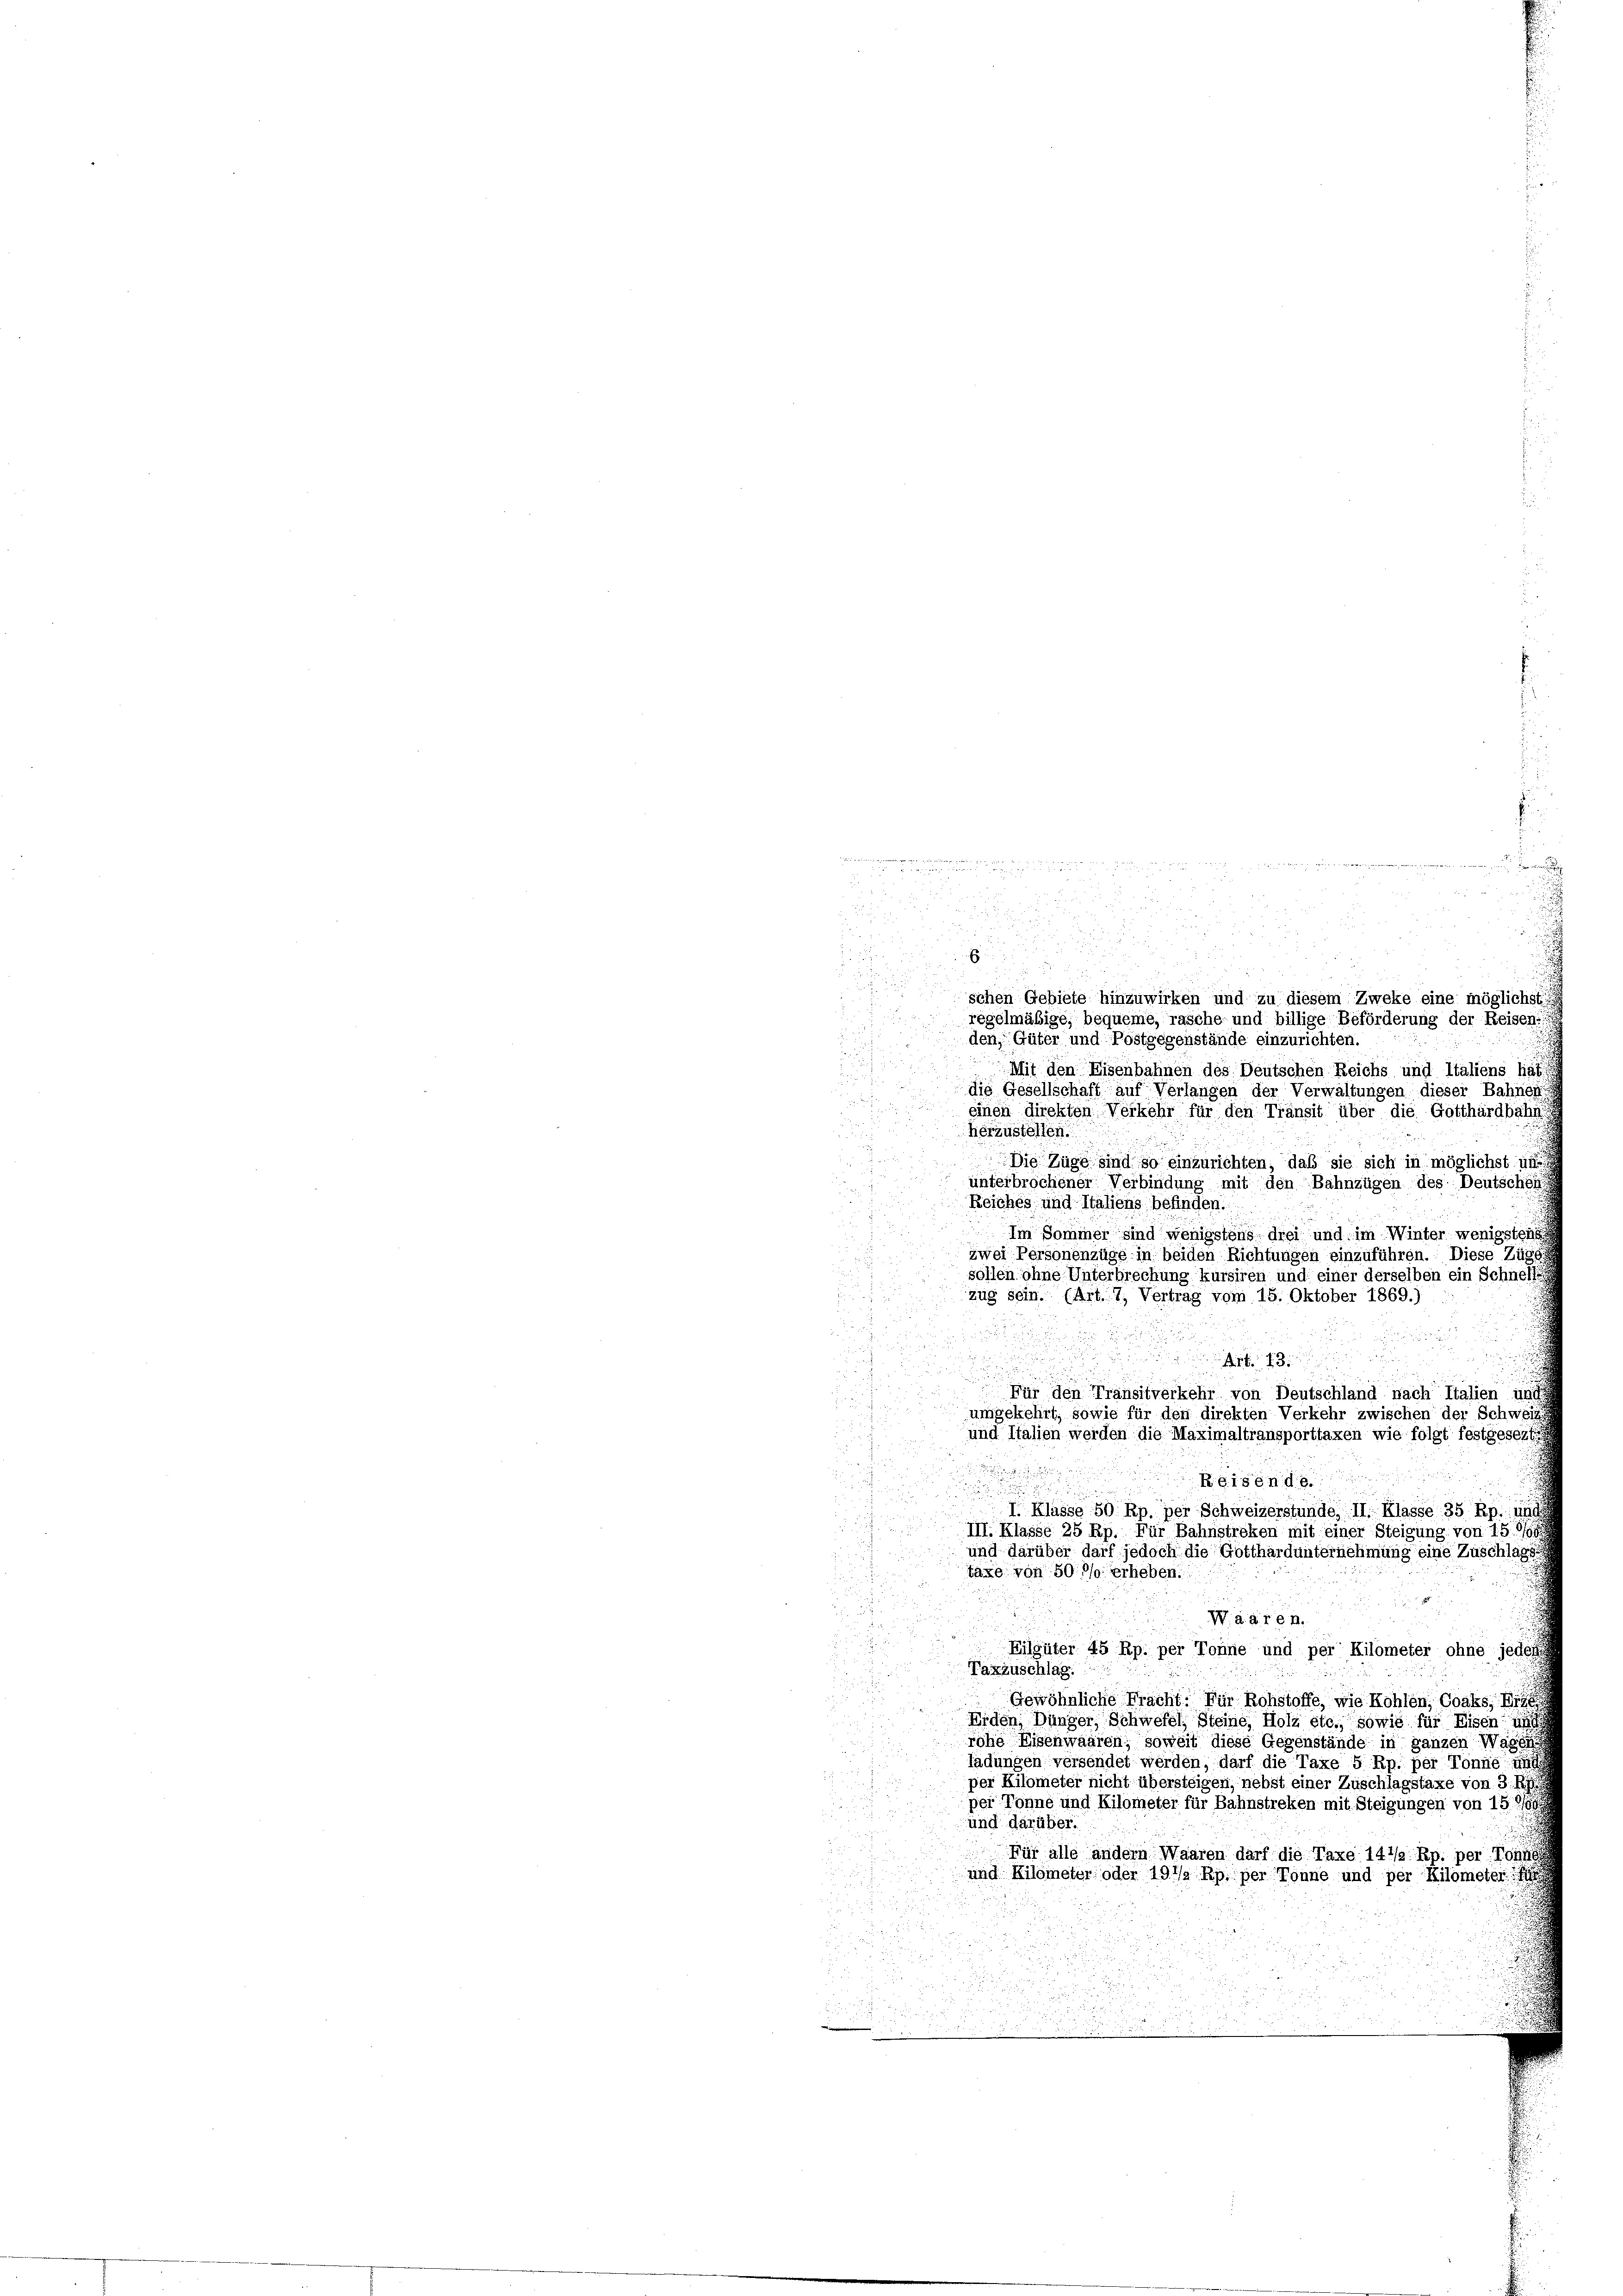
den, Güter und Postgegenstände einzurichten.
Mit den Eisenbahnen des Deutschen Reichs und Italiens hat
die Gesellschaft auf Verlangen der Verwaltungen dieser Bahnen
7
einen direkten Verkehr für den Transit über die Gotthardbahn
i
herzustellen.
Die Züge sind so einzurichten, daß sie sich in möglichst un
unterbrochener Verbindung mit den Bahnzügen des Deutschei
Reiches und Italiens befinden.
Im Sommer sind wenigstens drei und im Winter wenigsten
¬
Waaren.
Eilgüter 45 Rp. per Tonne und per Kilometer ohne jedes
Taxzuschlag.
.
Gewöhnliche Fracht: Für Rohstoffe, wie Kohlen, Coaks,
Erden, Dünger, Schwefel, Steine, Holz etc., sowie für Eisen
rohe Eisenwaaren, soweit diese Gegenstände in ganzen Wagen
ladungen versendet werden, darf die Taxe 5 Rp. per Tonne und
per Kilometer nicht übersteigen, nebst einer Zuschlagstaxe von 3. Rp
per Tonne und Kilometer für Bahnstreken mit Steigungen von 15.
und darüber.
2
Für alle andern Waaren darf die Taxe 141/2 Rp. per Tonne
.
und Kilometer oder 191/2 Rp. per Tonne und per Kilometer

8
 1

2
a
2

H S. 1 d S.

d

f
2f 0 x
8

.
E
d
schen Gebiete hinzuwirken und zu diesem Zweke eine möglichst d
regelmäßige, bequeme, rasche und billige Beförderung der Reisen:

zwei Personenzüge in beiden Richtungen einzuführen. Diese Züger
sollen ohne Unterbrechung kursiren und einer derselben ein Schnelle
zug sein. (Art. 7, Vertrag vom 15. Oktober 1869.)
d
u

3

Für den Transitverkehr von Deutschland nach Italien und
umgekehrt, sowie für den direkten Verkehr zwischen der Schweize
und Italien werden die Maximaltransporttaxen wie folgt festgesezte

Reisende
i
I. Klasse 50 Rp. per Schweizerstunde, II. Klasse 35 Rp. und
III. Klasse 25 Rp. Für Bahnstreken mit einer Steigung von 15 0/00
und darüber darf jedoch die Gotthardunternehmung eine Zuschlags
taxe von 5000. erheben.